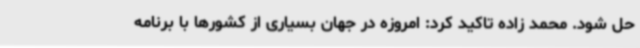
حل شود. محمد زاده تاکید کرد: امروزه در جهان بسیاری از کشورها با برنامه